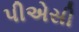
પીએસી